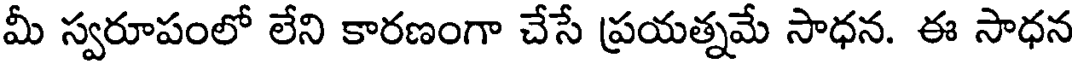
మీ స్వరూపంలో లేని కారణంగా చేసే ప్రయత్నమే సాధన. ఈ సాధన